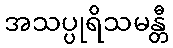
အသပ္ပုရိသမန္တီ